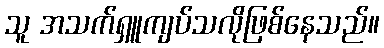
သူ အသက်ရှူကျပ်သလိုဖြစ်နေသည်။